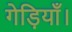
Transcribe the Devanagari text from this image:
गेड़ियाँ।